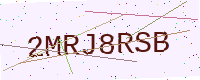
Text: 2MRJ8RSB